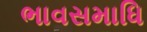
ભાવસમાધિ